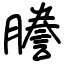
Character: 謄